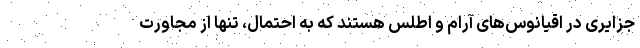
جزایری در اقیانوس‌های آرام و اطلس هستند که به احتمال، تنها از مجاورت